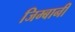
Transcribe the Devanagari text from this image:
जिम्बानी